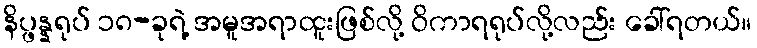
နိပ္ဖန္နရုပ် ၁၈-ခုရဲ့ အမူအရာထူးဖြစ်လို့ ဝိကာရရုပ်လို့လည်း ခေါ်ရတယ်။